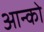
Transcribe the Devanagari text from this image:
आन्को